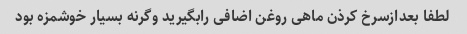
لطفا بعدازسرخ کرذن ماهی روغن اضافی رابگیرید وگرنه بسیار خوشمزه بود